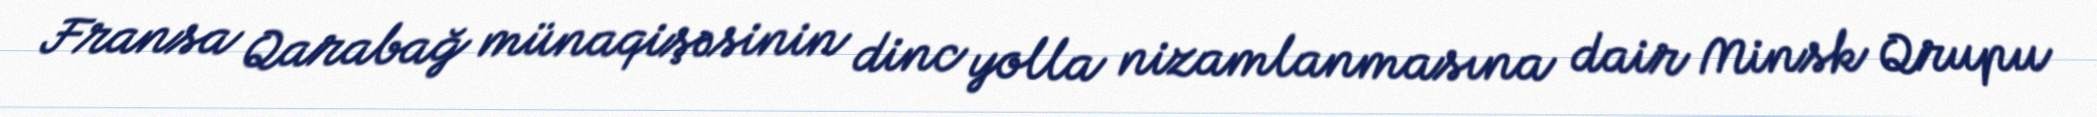
Fransa Qarabağ münaqişəsinin dinc yolla nizamlanmasına dair Minsk Qrupu